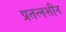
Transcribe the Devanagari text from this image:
प्रतत्नशीन